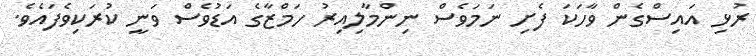
ރުޅި އައިސްގެން ވާހަކަ ފެށި ނަމަވެސް ނިންމާލިއިރު ހަމްޒާގެ އަޑުވެސް ވަނީ ކުރަކިވެފައެވެ.